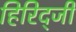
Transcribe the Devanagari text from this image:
हिरिद्जी